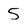
Character: 5